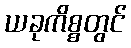
ယခုကိစ္စတွင်